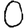
Digit: 0